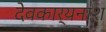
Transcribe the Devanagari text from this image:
देवकार्यनाश